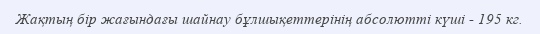
Жақтың бір жағындағы шайнау бұлшықеттерінің абсолютті күші - 195 кг.